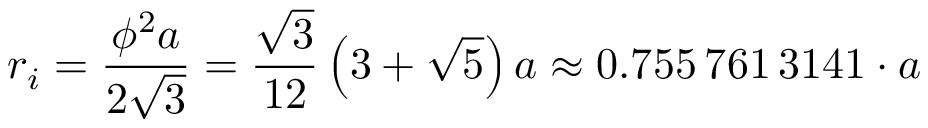
r _ { i } = { \frac { \phi ^ { 2 } a } { 2 { \sqrt { 3 } } } } = { \frac { \sqrt { 3 } } { 1 2 } } \left( 3 + { \sqrt { 5 } } \right) a \approx 0 . 7 5 5 \, 7 6 1 \, 3 1 4 1 \cdot a